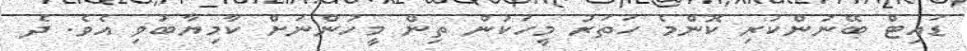
ޑައިޓް ބޭނުންކުރި ކޮންމެ ހަތަރު މީހަކުން ތިން މީހުންނަށް ކާމިޔާބުވި އެވެ. ދެ